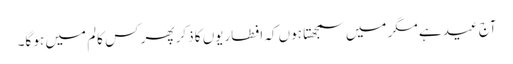
آج عید ہے مگر میں سمجھتا ہوں کہ افطاریوں کا ذکر پھر کس کالم میں ہو گا۔